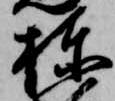
棟